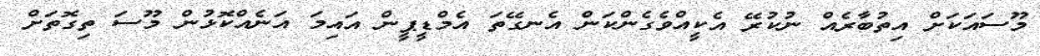
މޫސައަކަށް އިތުބާރެއް ނުކުރޭ އެކީއްވެގެންކަން އެނގޭތަ އެމްޑީޕީން އައިމަ އަނެއްކޮޅުން މޫސަ ތިގޮތަށް